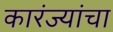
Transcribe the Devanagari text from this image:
कारंज्यांचा